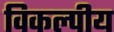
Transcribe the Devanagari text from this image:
विकल्पीय